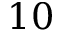
1 0